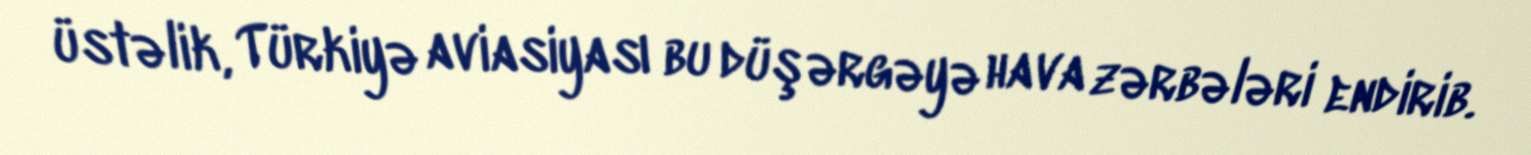
üstəlik, Türkiyə aviasiyası bu düşərgəyə hava zərbələri endirib.